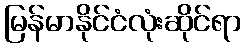
မြန်မာနိုင်ငံလုံးဆိုင်ရာ